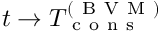
t \rightarrow T _ { \mathrm { ~ c ~ o ~ n ~ s ~ } } ^ { ( \mathrm { ~ B ~ V ~ M ~ } ) }